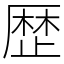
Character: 歴